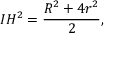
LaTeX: I H ^ { 2 } = { \frac { R ^ { 2 } + 4 r ^ { 2 } } { 2 } } ,